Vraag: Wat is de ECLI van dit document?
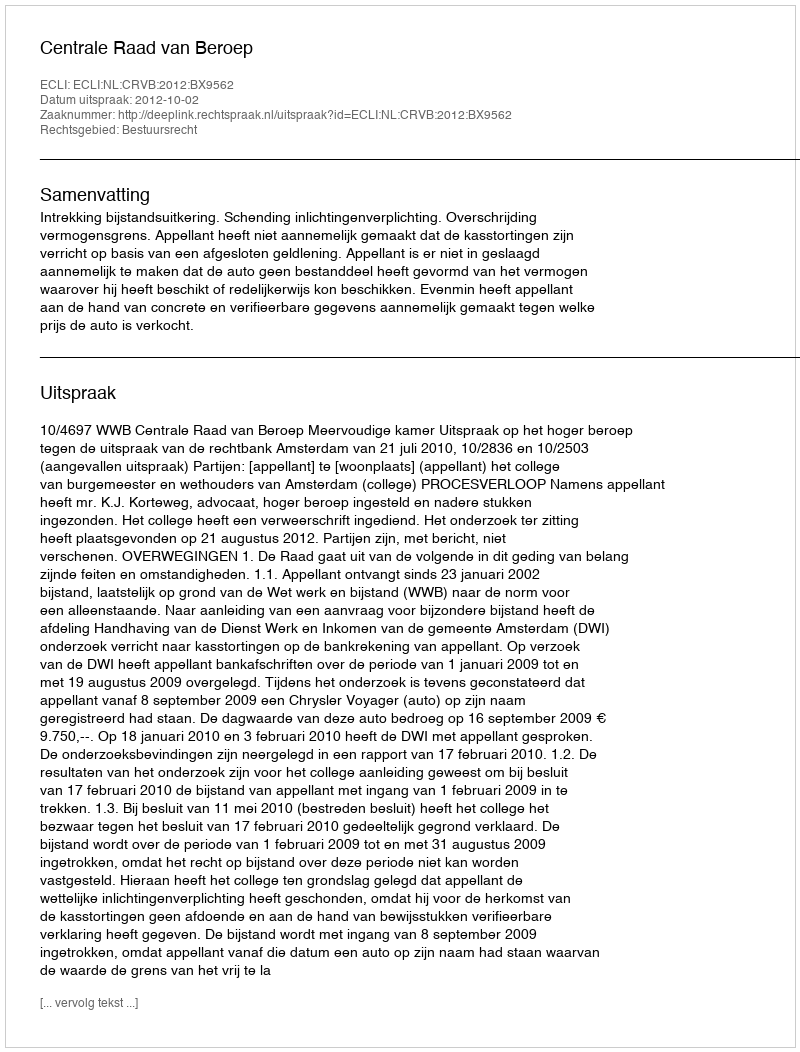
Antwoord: ECLI:NL:CRVB:2012:BX9562